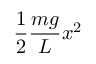
{ \frac { 1 } { 2 } } { \frac { m g } { L } } x ^ { 2 }